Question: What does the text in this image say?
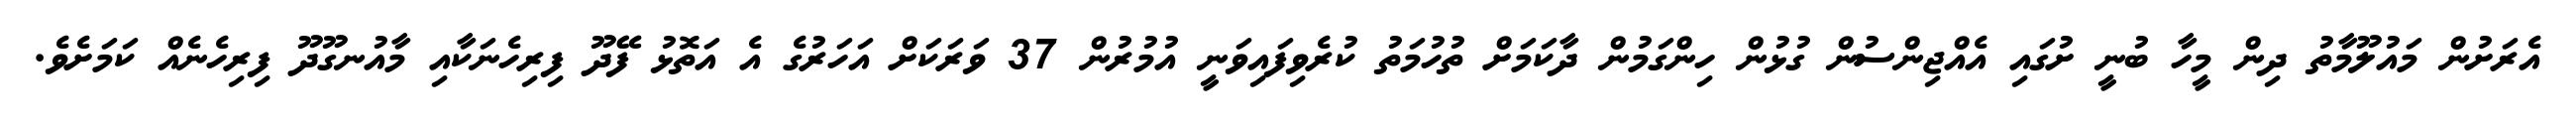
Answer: އެރަށުން މައުލޫމާތު ދިން މީހާ ބުނީ ށުގައި އެއްޖިންސުން ގުޅުން ހިންގަމުން ދާކަމަށް ތުހުމަތު ކުރެވިފައިވަނީ އުމުރުން 37 ވަރަކަށް އަހަރުގެ އެ އަތޮޅު ފޭދޫ ފިރިހެނަކާއި މާއުނގޫދޫ ފިރިހެނެއް ކަމަށެވެ.